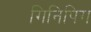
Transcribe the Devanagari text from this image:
गिनिपिग